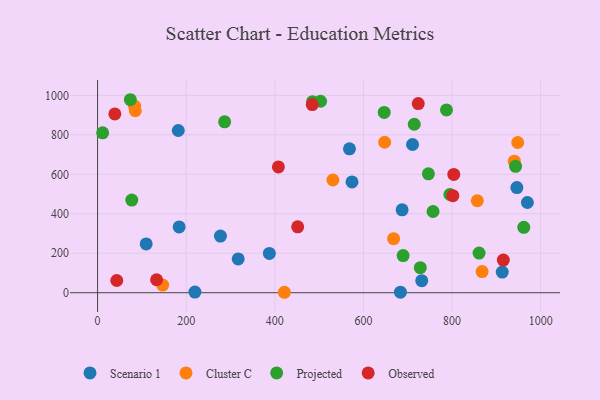
{"axis": {"x": "Distance", "y": "Rating"}, "legend": ["Cluster C", "Observed", "Projected", "Scenario 1"], "data": [{"x": "182.1", "y": 822.1, "type": "Scenario 1"}, {"x": "946.3", "y": 533.0, "type": "Scenario 1"}, {"x": "683.5", "y": 2.7, "type": "Scenario 1"}, {"x": "574.2", "y": 561.6, "type": "Scenario 1"}, {"x": "731.6", "y": 61.1, "type": "Scenario 1"}, {"x": "970.0", "y": 457.1, "type": "Scenario 1"}, {"x": "317.4", "y": 171.1, "type": "Scenario 1"}, {"x": "687.3", "y": 420.2, "type": "Scenario 1"}, {"x": "277.3", "y": 287.1, "type": "Scenario 1"}, {"x": "710.8", "y": 751.2, "type": "Scenario 1"}, {"x": "568.5", "y": 729.3, "type": "Scenario 1"}, {"x": "109.7", "y": 247.0, "type": "Scenario 1"}, {"x": "184.1", "y": 333.5, "type": "Scenario 1"}, {"x": "387.7", "y": 199.2, "type": "Scenario 1"}, {"x": "913.3", "y": 104.5, "type": "Scenario 1"}, {"x": "219.7", "y": 3.0, "type": "Scenario 1"}, {"x": "83.6", "y": 945.5, "type": "Cluster C"}, {"x": "85.2", "y": 922.1, "type": "Cluster C"}, {"x": "647.9", "y": 762.5, "type": "Cluster C"}, {"x": "867.8", "y": 107.1, "type": "Cluster C"}, {"x": "857.0", "y": 466.1, "type": "Cluster C"}, {"x": "531.1", "y": 571.3, "type": "Cluster C"}, {"x": "940.5", "y": 666.4, "type": "Cluster C"}, {"x": "421.6", "y": 2.2, "type": "Cluster C"}, {"x": "948.2", "y": 761.1, "type": "Cluster C"}, {"x": "668.1", "y": 274.0, "type": "Cluster C"}, {"x": "146.9", "y": 38.7, "type": "Cluster C"}, {"x": "728.3", "y": 126.9, "type": "Projected"}, {"x": "961.9", "y": 331.3, "type": "Projected"}, {"x": "286.8", "y": 865.8, "type": "Projected"}, {"x": "714.7", "y": 853.6, "type": "Projected"}, {"x": "746.6", "y": 602.7, "type": "Projected"}, {"x": "943.4", "y": 640.5, "type": "Projected"}, {"x": "485.1", "y": 968.1, "type": "Projected"}, {"x": "646.9", "y": 913.6, "type": "Projected"}, {"x": "11.4", "y": 810.4, "type": "Projected"}, {"x": "77.2", "y": 469.5, "type": "Projected"}, {"x": "503.3", "y": 970.3, "type": "Projected"}, {"x": "757.1", "y": 411.6, "type": "Projected"}, {"x": "74.0", "y": 978.0, "type": "Projected"}, {"x": "795.1", "y": 497.6, "type": "Projected"}, {"x": "689.6", "y": 188.1, "type": "Projected"}, {"x": "861.0", "y": 200.7, "type": "Projected"}, {"x": "787.4", "y": 926.4, "type": "Projected"}, {"x": "723.7", "y": 958.4, "type": "Observed"}, {"x": "43.3", "y": 61.9, "type": "Observed"}, {"x": "801.8", "y": 491.7, "type": "Observed"}, {"x": "39.0", "y": 906.1, "type": "Observed"}, {"x": "451.6", "y": 334.1, "type": "Observed"}, {"x": "484.5", "y": 953.5, "type": "Observed"}, {"x": "803.9", "y": 599.4, "type": "Observed"}, {"x": "915.7", "y": 165.3, "type": "Observed"}, {"x": "408.1", "y": 637.6, "type": "Observed"}, {"x": "133.2", "y": 65.6, "type": "Observed"}]}